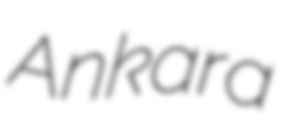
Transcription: Ankara